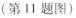
(第11题图)